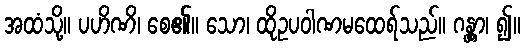
အထံသို့။ ပဟိဏိ၊ စေ၏။ သော၊ ထိုဥပဝါဏမထေရ်သည်။ ဂန္တွာ၊ ၍။